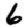
Digit: 6